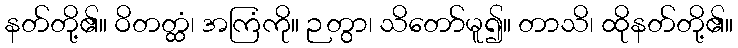
နတ်တို့၏။ ဝိတတ္ထံ၊ အကြံကို။ ဉတွာ၊ သိတော်မူ၍။ တာသိ၊ ထိုနတ်တို့၏။